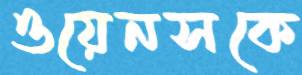
ওয়েনসকে